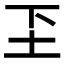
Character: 𬻁